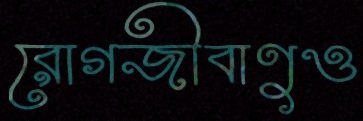
রোগজীবাণুও